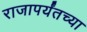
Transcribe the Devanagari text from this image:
राजापर्यंतच्या